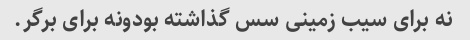
نه برای سیب زمینی سس گذاشته بودونه برای برگر.